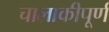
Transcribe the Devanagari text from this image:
चालाकीपूर्ण